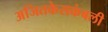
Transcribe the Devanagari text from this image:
अजितकेसकंबली